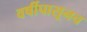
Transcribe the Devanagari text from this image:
वर्षीपासूनच